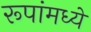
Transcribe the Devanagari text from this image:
रूपांमध्ये